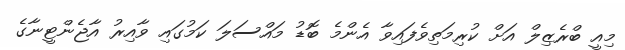
މިއީ ބްރެޒިލް އަށް ކުރިމަތިވެފައިވާ އެންމެ ބޮޑު މައްސަލަ ކަމުގައި ވާއިރު އާޖެންޓީނާގެ